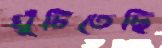
ঘুঁটিতেছি